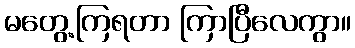
မတွေ့ကြရတာ ကြာပြီလေကွာ။